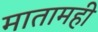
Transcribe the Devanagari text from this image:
मातामही